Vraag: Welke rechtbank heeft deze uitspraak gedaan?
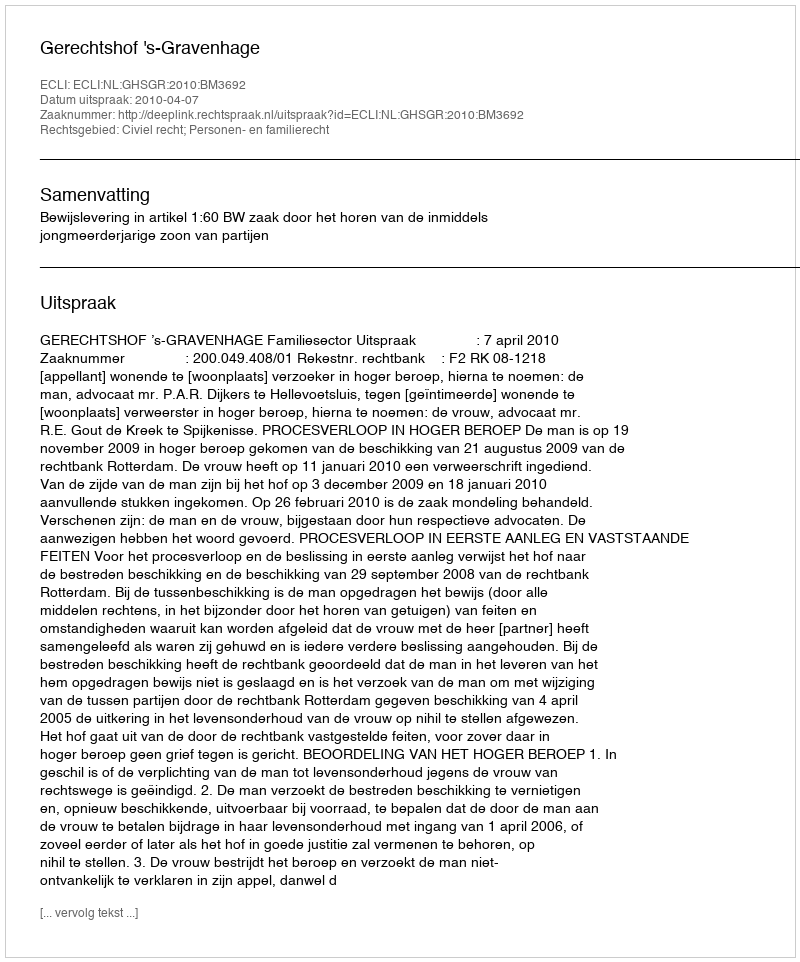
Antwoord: Gerechtshof 's-Gravenhage